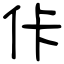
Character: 佧